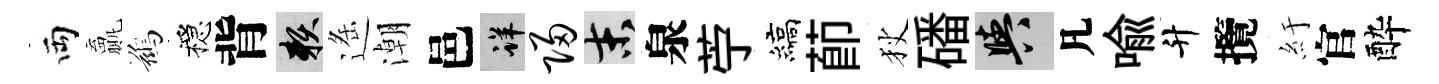
両贏鷀穩背賴遥潮邑详归末泉苧縞莭狄磻阳凡喩升攬紆官酔